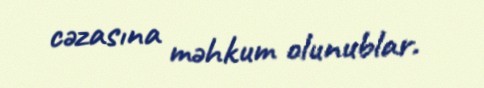
cəzasına məhkum olunublar.